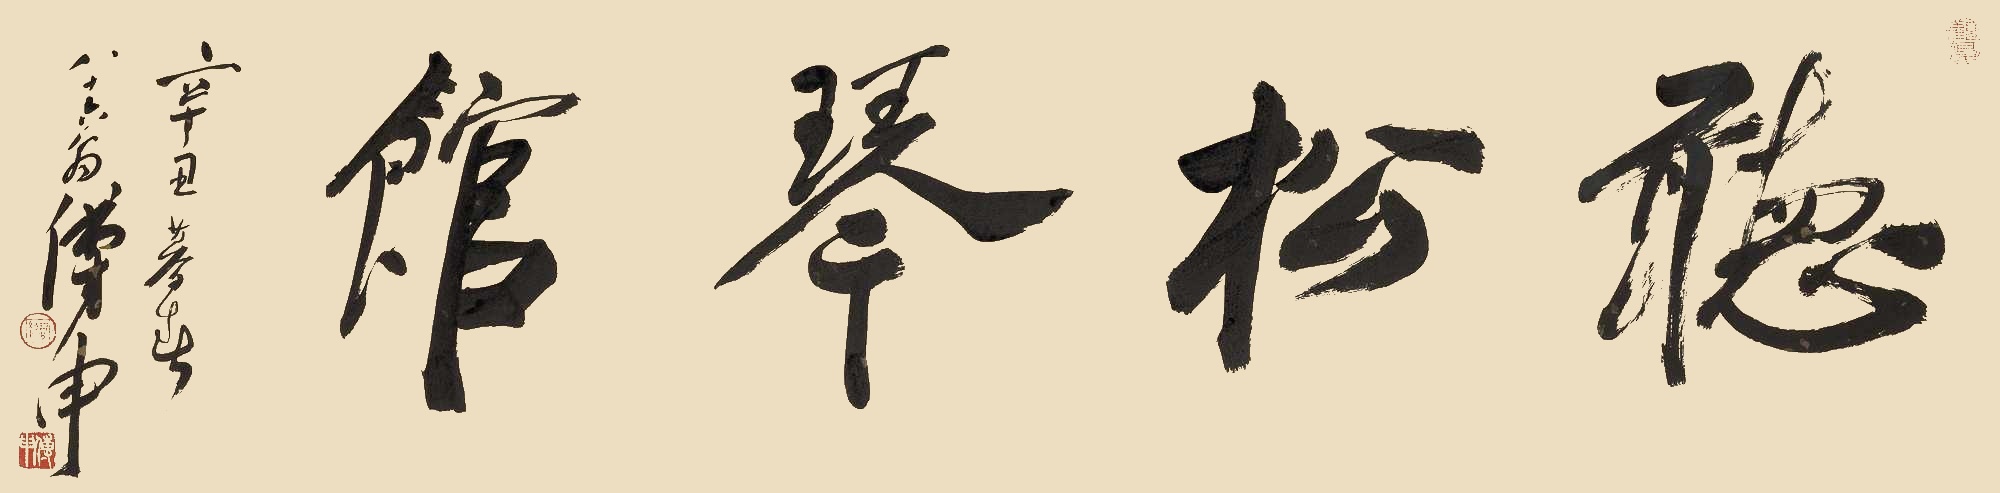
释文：听松琴馆辛丑暮春，八十六翁傅申。